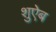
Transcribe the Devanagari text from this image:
शुऐब